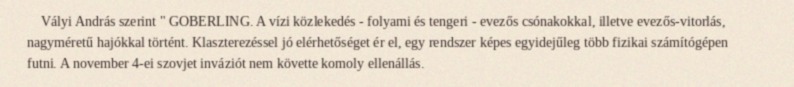
Vályi András szerint " GOBERLING. A vízi közlekedés - folyami és tengeri - evezős csónakokkal, illetve evezős-vitorlás, nagyméretű hajókkal történt. Klaszterezéssel jó elérhetőséget ér el, egy rendszer képes egyidejűleg több fizikai számítógépen futni. A november 4-ei szovjet inváziót nem követte komoly ellenállás.